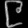
Digit: ၉